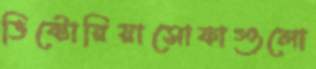
ভিক্টোরিয়াসোফাগুলো